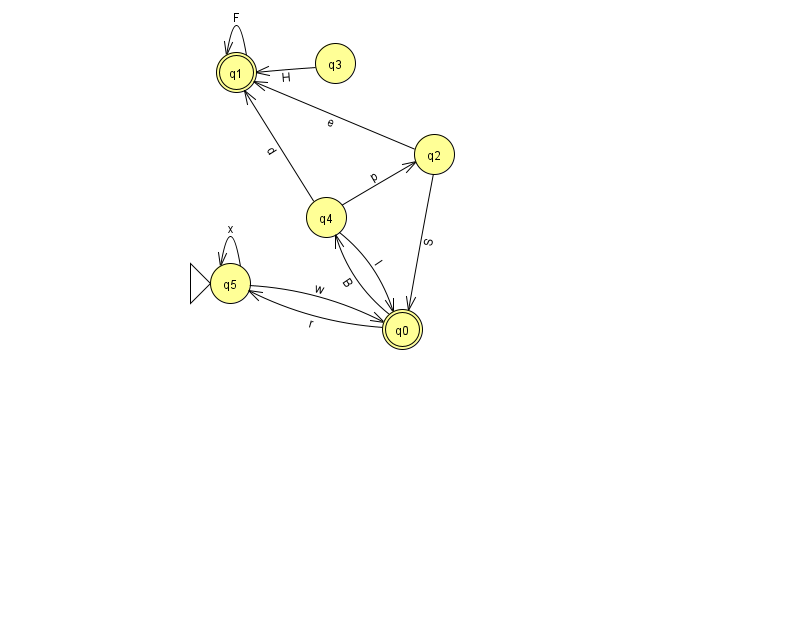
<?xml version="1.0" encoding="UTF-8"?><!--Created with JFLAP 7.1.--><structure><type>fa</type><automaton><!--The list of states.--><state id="0" name="q0"><x>402.0</x><y>316.0</y><final/></state><state id="1" name="q1"><x>236.0</x><y>59.0</y><final/></state><state id="2" name="q2"><x>434.0</x><y>141.0</y></state><state id="3" name="q3"><x>335.0</x><y>50.0</y></state><state id="4" name="q4"><x>326.0</x><y>204.0</y></state><state id="5" name="q5"><x>230.0</x><y>270.0</y><initial/></state><!--The list of transitions.--><transition><from>2</from><to>1</to><read>e</read></transition><transition><from>2</from><to>0</to><read>S</read></transition><transition><from>1</from><to>1</to><read>F</read></transition><transition><from>4</from><to>0</to><read>I</read></transition><transition><from>4</from><to>1</to><read>d</read></transition><transition><from>5</from><to>5</to><read>x</read></transition><transition><from>4</from><to>2</to><read>p</read></transition><transition><from>3</from><to>1</to><read>H</read></transition><transition><from>0</from><to>5</to><read>r</read></transition><transition><from>0</from><to>4</to><read>B</read></transition><transition><from>5</from><to>0</to><read>w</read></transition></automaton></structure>